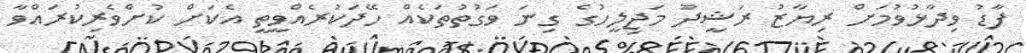
ފާޑު ވިދާޅުވުމަށް ރިޔާޒު ރަޝީދު މަޖިލީހުގެ ގިނަ ވަގުތުތަކެއް ހޭދަކުރެއްވީތީ އެކަށް ކުށްވެރިކުރައްވާ